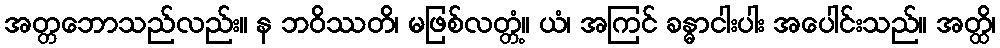
အတ္တဘောသည်လည်း။ န ဘဝိဿတိ၊ မဖြစ်လတ္တံ့။ ယံ၊ အကြင် ခန္ဓာငါးပါး အပေါင်းသည်။ အတ္ထိ၊